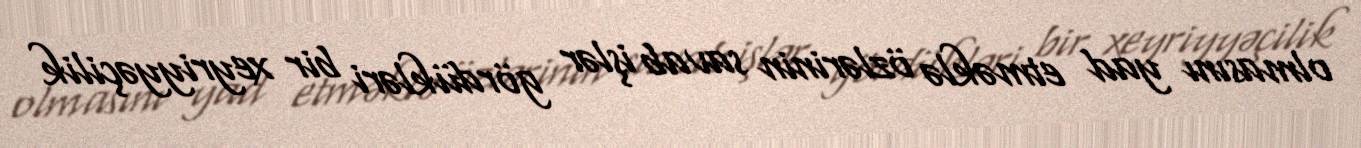
olmasını yad etməklə özlərinin savab işlər gördükləri bir xeyriyyəçilik